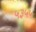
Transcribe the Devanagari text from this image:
५३५५